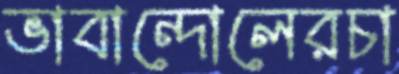
ভাবান্দোলেরচা